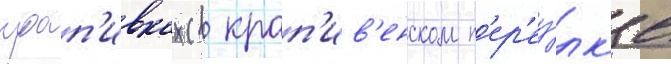
крап'ивках (в крап'ив'енском п'ер'еу́лк'е